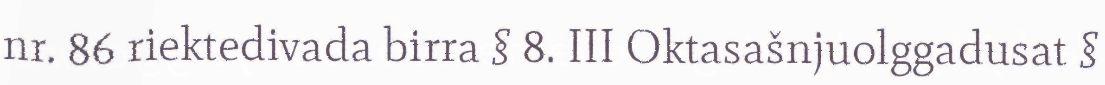
nr. 86 riektedivada birra § 8. III Oktasašnjuolggadusat §